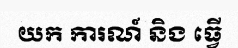
យក ការណ៍ និង ធ្វើ